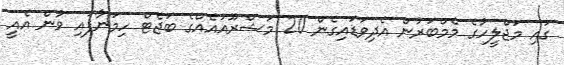
ގައި މަޖްލީހުގެ މެމްބަރުން އެދިވަަޑައިގެން 20 މަޝްރޫއުއެއްގެ ބަޖެޓް ހިމަނާފައި ވުން އެއީ